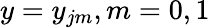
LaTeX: y={{y}_{jm}},m=0,1